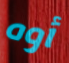
أوه